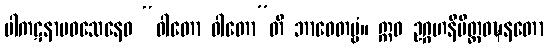
ပါကဋနာမဝသေနေဝ “ဝါတော ဝါတော”တိ ဘာဝေတဗ္ဗံ။ ဣဓ ဥဂ္ဂဟနိမိတ္တဝဍ္ဎနတော